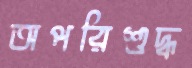
অপরিশুদ্ধ